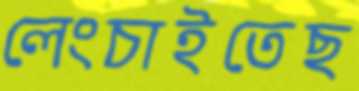
লেংচাইতেছ